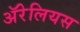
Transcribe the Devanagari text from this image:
ॲरेलियस